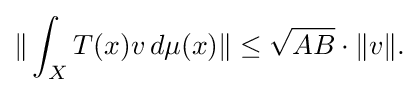
\displaystyle {\|\int _{X}T(x)v\,d\mu (x)\|\leq {\sqrt {AB}}\cdot \|v\|.}